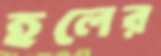
হলের